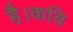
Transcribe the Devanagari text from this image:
है।कवि